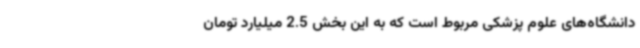
دانشگاه‌های علوم پزشکی مربوط است که به این بخش 2.5 میلیارد تومان